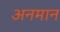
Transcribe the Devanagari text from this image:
अनमान